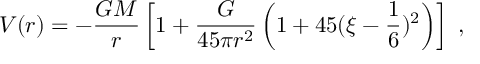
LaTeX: V ( r ) = - \frac { G M } { r } \left[ 1 + \frac { G } { 4 5 \pi r ^ { 2 } } \left( 1 + 4 5 ( \xi - \frac { 1 } { 6 } ) ^ { 2 } \right) \right] \, \, ,